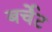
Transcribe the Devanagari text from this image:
बर्चेट